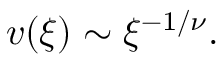
v ( \xi ) \sim \xi ^ { - 1 / \nu } .